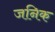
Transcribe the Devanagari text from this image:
जनिक